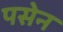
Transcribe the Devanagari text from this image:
पसेन